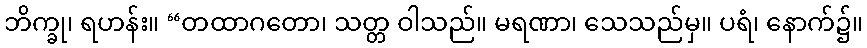
ဘိက္ခု၊ ရဟန်း။ “တထာဂတော၊ သတ္တ ဝါသည်။ မရဏာ၊ သေသည်မှ။ ပရံ၊ နောက်၌။